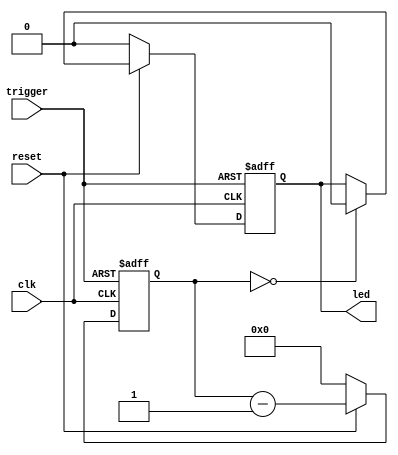
// This program was cloned from: https://github.com/SySS-Research/icestick-lpc-tpm-sniffer
// License: GNU General Public License v3.0

/*
 * iCEstick LPC TPM Sniffer (top.v)
 * 
 * LED trigger
 */

module trigger_led(
    input wire clk,
    input wire reset,
    input wire trigger,
    output reg led
);

    // registers
	reg [23:0] counter;                                 // counter

    // synchronous logic
	always @(posedge clk or posedge trigger)
    begin
		if (trigger)
        begin
			led <= 1'b1;
			counter <= 1_000_000;
		end else
        begin
			if (~reset)
            begin
				counter <= 24'd0;
				led <= 1'b0;
			end else
            begin
				if (counter == 24'd0)
                begin
					led <= 1'b0;
				end

				counter <= counter - 1'd1;
			end
		end
	end

endmodule